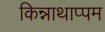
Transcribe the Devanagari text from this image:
किन्नाथाप्पम